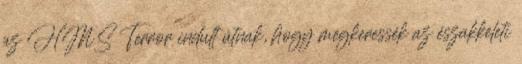
az HMS Terror indult útnak, hogy megkeressék az északkeleti